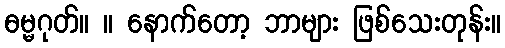
ဓမ္မဂုတ်။ ။ နောက်တော့ ဘာများ ဖြစ်သေးတုန်း။